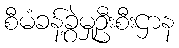
စီမံခန့်ခွဲမှုဦးစီးဌာန